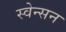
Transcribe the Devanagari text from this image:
स्वेन्सन